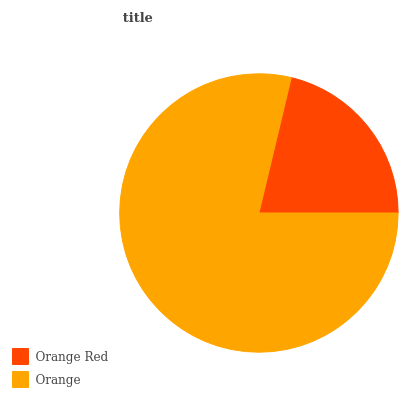
| Orange Red | Orange |
 | --- | --- |
 | 21.3% | 78.7% |